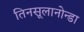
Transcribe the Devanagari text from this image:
तिनसूलानोन्डा